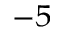
^ { - 5 }